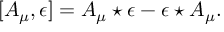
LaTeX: [ A _ { \mu } , \epsilon ] = A _ { \mu } \star \epsilon - \epsilon \star A _ { \mu } .